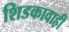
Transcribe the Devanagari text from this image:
शिडकावाही